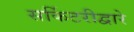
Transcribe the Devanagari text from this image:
सर्किटरीद्वारे